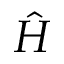
\hat { H }